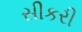
સીકરી